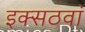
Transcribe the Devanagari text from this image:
इक्सठवां